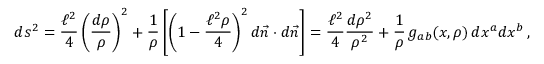
d s _ { \L } ^ { 2 } = { \frac { \ell ^ { 2 } } { 4 } } \left( { \frac { d \rho } { \rho } } \right) ^ { 2 } + { \frac { 1 } { \rho } } \left[ \left( 1 - { \frac { \ell ^ { 2 } \rho } { 4 } } \right) ^ { 2 } d \vec { n } \cdot d \vec { n } \right] = { \frac { \ell ^ { 2 } } { 4 } } { \frac { d \rho ^ { 2 } } { \rho ^ { 2 } } } + { \frac { 1 } { \rho } } \, g _ { a b } ( x , \rho ) \, d x ^ { a } d x ^ { b } \, ,